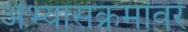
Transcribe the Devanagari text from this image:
अभ्यासक्रमांवर